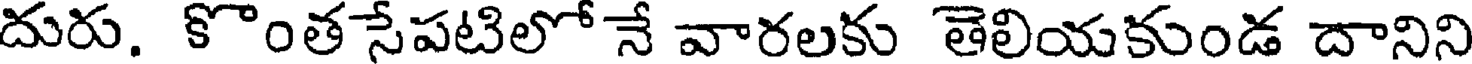
దురు. కొంతసేపటిలో నే వారలకు తెలియకుండ దానిని